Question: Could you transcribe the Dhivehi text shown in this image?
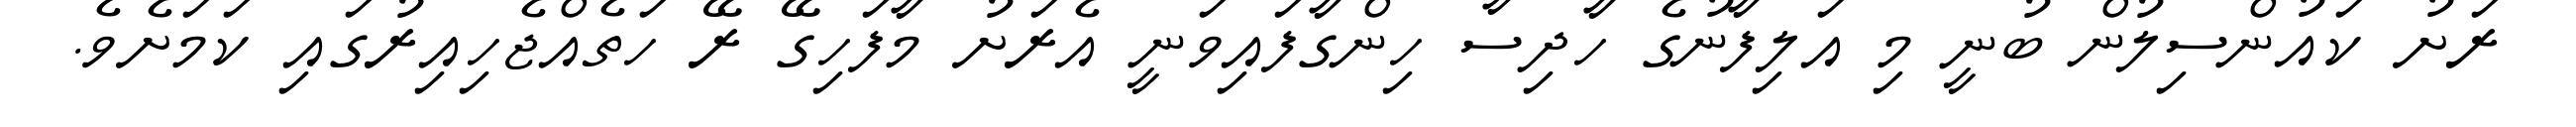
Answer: ރަށު ކައުންސިލުން ބުނީ މި އަލިފާނުގެ ހާދިސާ ހިންގާފައިވަނީ އެރަށު މާފަހިގޭ ރޭ ހަތެއްޖެހިއިރުގައި ކަމަށެވެ.